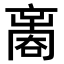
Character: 𠾃